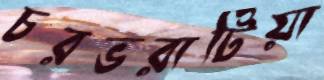
চরভরাটিয়া